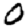
Digit: 0